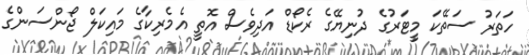
ހަތަރު ސަތޭކަ މީޓަރުގެ ދުނިޔޭގެ ރެކޯޑް އަދިވެސް އޮތީ އެމެރިކާގެ މައިކަލް ޖޯންސަންގެ